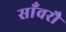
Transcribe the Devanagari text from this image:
साँवरौ